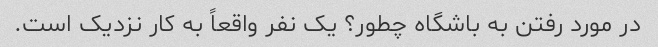
در مورد رفتن به باشگاه چطور؟ یک نفر واقعاً به کار نزدیک است.